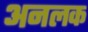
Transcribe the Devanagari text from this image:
अनलक